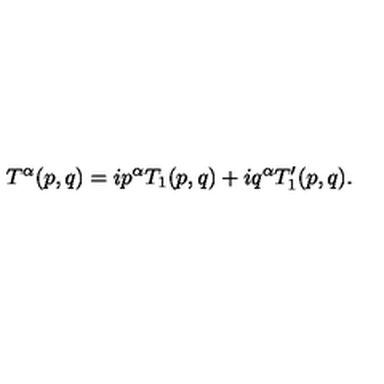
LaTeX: T ^ { \alpha } ( p , q ) = i p ^ { \alpha } T _ { 1 } ( p , q ) + i q ^ { \alpha } T _ { 1 } ^ { \prime } ( p , q ) .